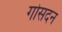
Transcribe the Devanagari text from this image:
गोसदन